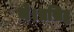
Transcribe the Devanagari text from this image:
थे।प्रसिद्ध